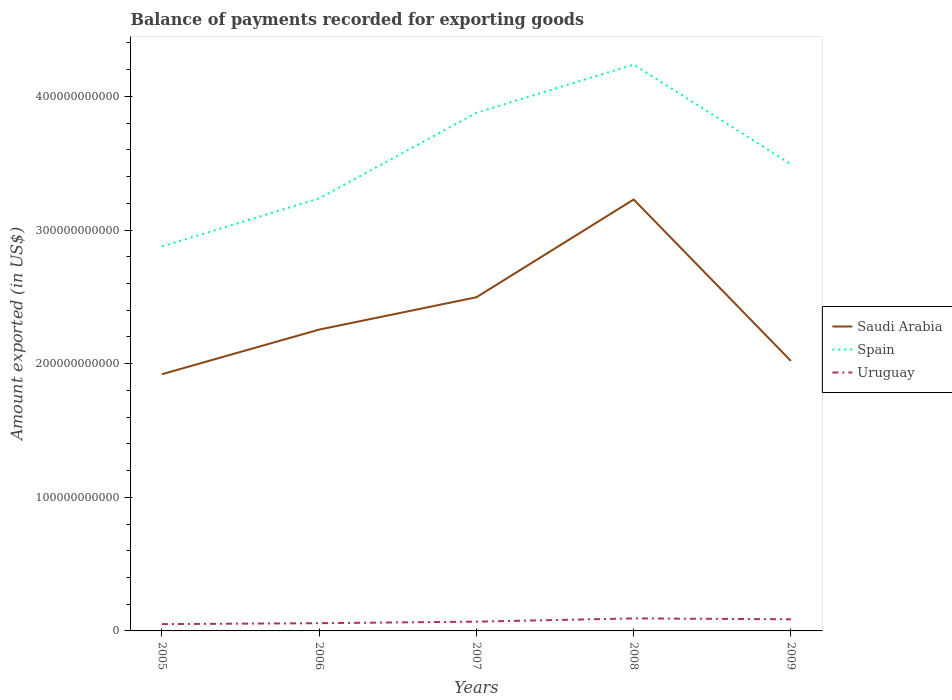
| Years | Saudi Arabia | Spain | Uruguay |
 | --- | --- | --- | --- |
 | 2005 | 1.92e+11 | 2.88e+11 | 5.09e+09 |
 | 2006 | 2.26e+11 | 3.24e+11 | 5.79e+09 |
 | 2007 | 2.5e+11 | 3.88e+11 | 6.93e+09 |
 | 2008 | 3.23e+11 | 4.24e+11 | 9.37e+09 |
 | 2009 | 2.02e+11 | 3.49e+11 | 8.71e+09 |